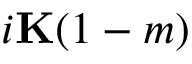
i \mathbf { K } ( 1 - m )